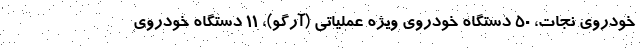
خودروی نجات، ۵۰ دستگاه خودروی ویژه عملیاتی (آرگو)، ۱۱ دستگاه خودروی